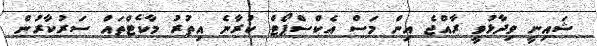
ޝައިނީ ވިދާޅުވީ ރާއްޖެ އިން މަސް އެކްސްޕޯޓް ކުރާނެ އިތުރު މާކެޓްތައް ސަރުކާރުން